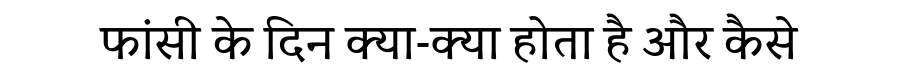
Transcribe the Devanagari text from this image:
फांसी के दिन क्या-क्या होता है और कैसे